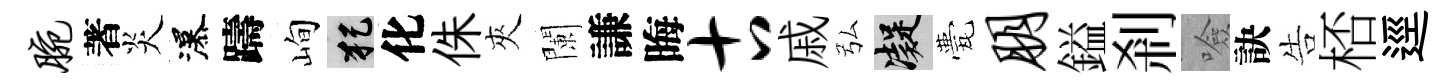
腕著炎瀑躊峋犯化侏夾闌謙晦古戚弘凝甍朋鎰剎噞訣告桮逕